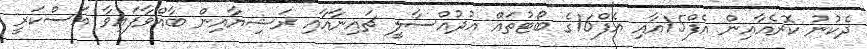
ދެކުނު ކޮރެއާއިން އެފް15އާއި އެފް16ގެ ބޯޓުތައް އުދުއްސާލީ ޗައިނާއާއި ރަޝިޔާއިން ބާއްވާފައިވާ އަސްކަރީ